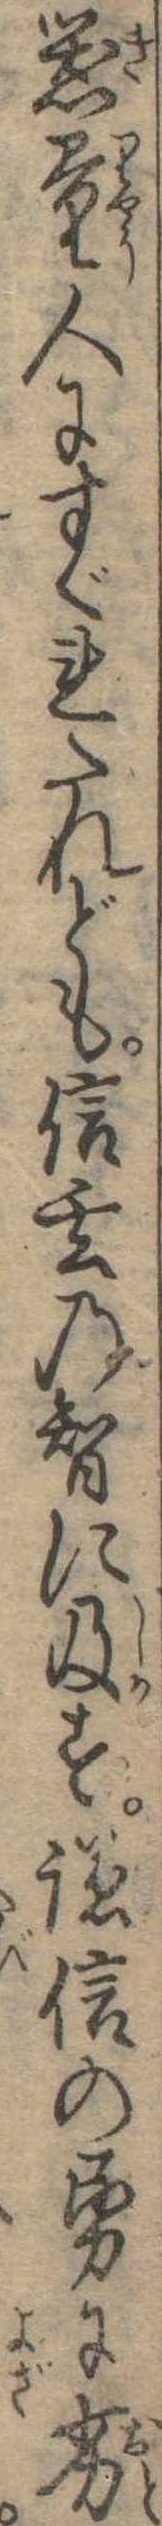
器量人にすぐれたれども信玄の智に及す謙信の勇に劣